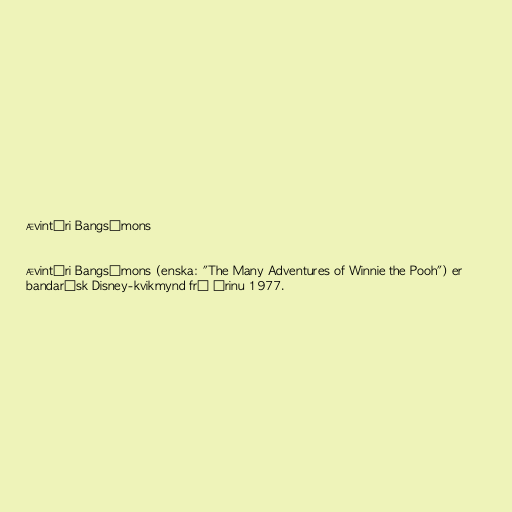
Ævintýri Bangsímons

Ævintýri Bangsímons (enska: "The Many Adventures of Winnie the Pooh") er
bandarísk Disney-kvikmynd frá árinu 1977.